Insane asylums Bombay 1873-77 - 1873-1877
Year: 1873
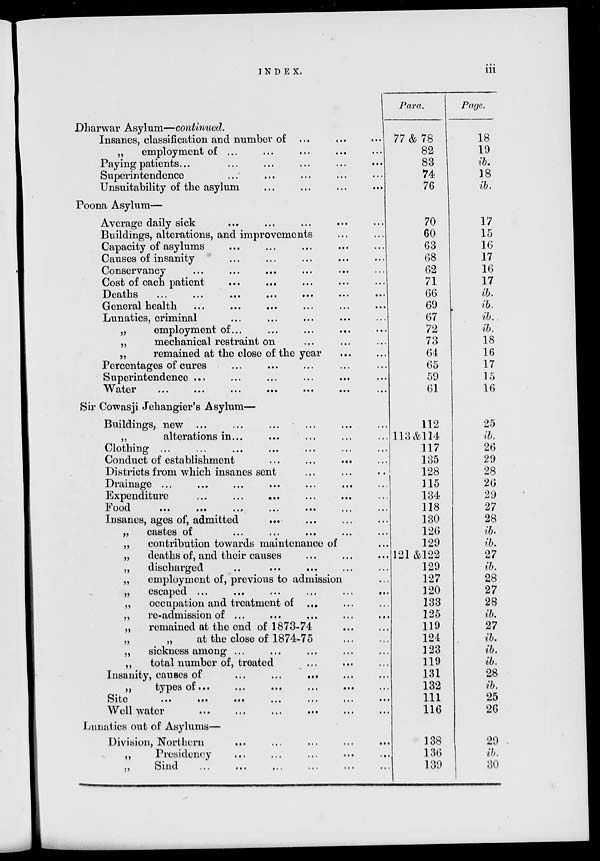
iii
INDEX.
Dharwar Asylum—continued.
Insanes, classification and number of ... ... ... ... ...
„
employment of ...
Paying patients...
...
Superintendence ... ... ... ... ...
Unsuitability of the asylum ... ... ... ... ...
Poona Asylum—
Average daily sick ... ... ... ... ...
Buildings, alterations, and improvements ... ...
Capacity of asylums ... ... ... ... ... ...
Causes of insanity ... ... ... .. ... ...
Conservancy ... ... ... ... ... ...
Cost of each patient ... ... ... ... ... ...
Deaths
...
...
...
...
...
...
...
General health ... ... ... .... ... ...
Lunatics, criminal ... ... ... ... ...
„
employment of...
...
...
...
„
mechanical restraint on ... ... ... ... ...
„
remained at the close of the year ... ...
Percentages of cures ... ... ... ... ...
Superintendence ... ... ... ... ...
Water
...
...
...
...
...
...
...
Sir Cowasji Jehangier's Asylum—
Buildings, new ... ... ... ... ...
„
alterations in... ... ... ... ... ...
Clothing ... ... ... ... ...
Conduct of establishment ... ... ... ... ...
Districts from which insanes sent ... ... ...
Drainage ... ... ... ... ... ... ... ...
Expenditure
...
...
...
Food
...
...
...
...
...
...
...
Insanes, ages of, admitted ... ... ... ...
„
castes of ... ... ... ... ...
„
contribution towards maintenance of ...
„
deaths of, and their causes ... ... ...
„
discharged .. ... ... ... ...
„
employment of, previous to admission ...
„
escaped ... ... ... ... ... ... ...
„
occupation and treatment of ... ... ... ...
„
re-admission of ... ... ... ... ...
„
remained at the end of 1873-74 ... ...
„
„
at the close of 1874-75
„
sickness among ... ... ... ...
„
total number of, treated
... ... ...
Insanity, causes of
...
...
...
„
types
of
...
...
...
...
...
Site
...
...
...
...
...
...
...
Well water ... ... ... ... ...
Lunatics out of Asylums—
Division, Northern
...
...
...
...
...
„
Presidency
... ... ... ... ...
„
Sind
...
...
...
...
...
Para.
77 & 78
82
83
74
76
70
60
63
68
62
71
66
69
67
72
73
64
65
59
61
112
113 & 114
117
135
128
115
134
118
130
126
129
121 & 122
129
127
120
133
125
119
124
123
119
131
132
111
116
138
136
139
Page.
18
19
ib.
18
ib.
17
15
16
17
16
17
ib.
ib.
ib.
ib.
18
16
17
15
16
25
ib.
26
29
28
26
29
27
28
ib.
ib.
27
ib.
28
27
28
ib.
27
ib.
ib.
ib.
28
ib.
25
26
29
ib.
30